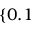
\{ 0 . 1